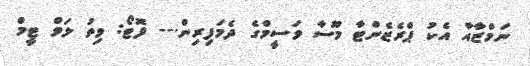
ނަމްޒާއާ އެކު ޕްރެޒެންޓާ މޫސާ ވަސީމްގެ ދެމަފިރިން.-- ފޮޓޯ: ވިތު ލަވް ޓީމް